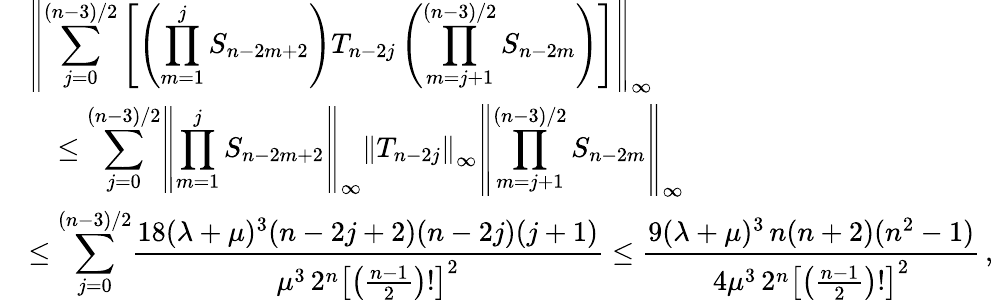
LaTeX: \begin{array}{rl}&{\left\| \displaystyle{\sum_{j=0}^{(n-3)/2}}\left[\left(\displaystyle{\prod_{m=1}^{j}S_{n-2m+2}}\right)T_{n-2j}\left(\displaystyle{\prod_{m=j+1}^{(n-3)/2}S_{n-2m}}\right)\right]\right\| _{\infty}}\\ &{\ \ \ \le\displaystyle{\sum_{j=0}^{(n-3)/2}}\left\| \displaystyle{\prod_{m=1}^{j}S_{n-2m+2}}\right\| _{\infty}\left\| T_{n-2j}\right\| _{\infty}\left\| \displaystyle{\prod_{m=j+1}^{(n-3)/2}S_{n-2m}}\right\| _{\infty}}\\ &{\le\displaystyle{\sum_{j=0}^{(n-3)/2}}\frac{18(\lambda+\mu)^{3}(n-2j+2)(n-2j)(j+1)}{\mu^{3}\, 2^{n}\left[\left(\frac{n-1}{2}\right)!\right]^{2}}\le\frac{9(\lambda+\mu)^{3}\, n(n+2)(n^{2}-1)}{4\mu^{3}\, 2^{n}\left[\left(\frac{n-1}{2}\right)!\right]^{2}}\, ,}\end{array}